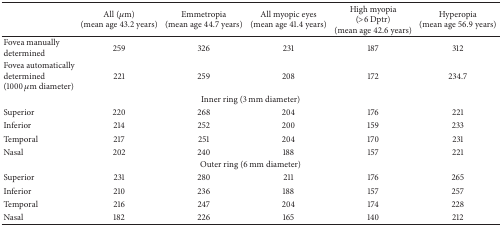
|  | All (μm)(mean age 43.2 years) | Emmetropia(mean age 44.7 years) | All myopic eyes(mean age 41.4 years) | High myopia(>6 Dptr)(mean age 42.6 years) | Hyperopia(mean age 56.9 years) |
 | --- | --- | --- | --- | --- | --- |
 | Fovea manually determined | 259 | 326 | 231 | 187 | 312 |
 | Fovea automatically determined (1000 μm diameter) | 221 | 259 | 208 | 172 | 234.7 |
 | <COLSPAN=6> Inner ring (3 mm diameter) |
 | Superior | 220 | 268 | 204 | 176 | 221 |
 | Inferior | 214 | 252 | 200 | 159 | 233 |
 | Temporal | 217 | 251 | 204 | 170 | 231 |
 | Nasal | 202 | 240 | 188 | 157 | 221 |
 | <COLSPAN=6> Outer ring (6 mm diameter) |
 | Superior | 231 | 280 | 211 | 176 | 265 |
 | Inferior | 210 | 236 | 188 | 157 | 257 |
 | Temporal | 216 | 247 | 204 | 174 | 228 |
 | Nasal | 182 | 226 | 165 | 140 | 212 |